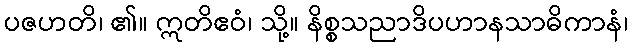
ပဇဟတိ၊ ၏။ ဣတိဧဝံ၊ သို့။ နိစ္စသညာဒိပဟာနသာဓိကာနံ၊